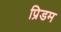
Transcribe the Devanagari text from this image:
प्रिडम